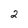
Character: 2